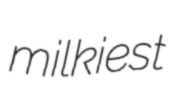
milkiest